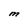
Character: M